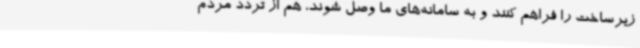
زیرساخت را فراهم کنند و به سامانه‌های ما وصل شوند، هم از تردد مردم